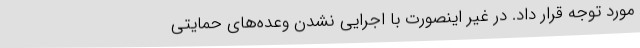
مورد توجه قرار داد. در غیر اینصورت با اجرایی نشدن وعده‌های حمایتی